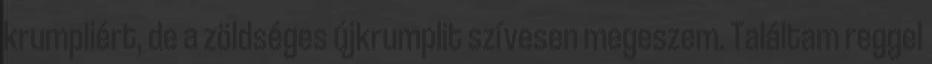
krumpliért, de a zöldséges újkrumplit szívesen megeszem. Találtam reggel